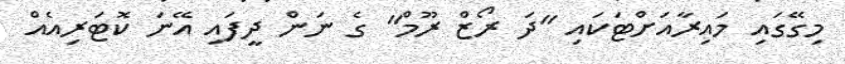
މިގޭގައި މައިރާއަށްޓަކައި "ދަ ރޯޒް ރޫމް" ގެ ނަން ދީފައި އޭނަ ކޮޓަރިއެއް